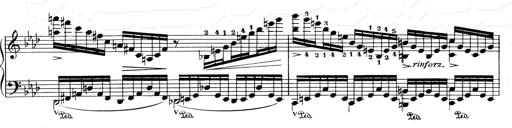
Title: Weinen, Klagen, Sorgen, Zagen
Composer: Franz Liszt